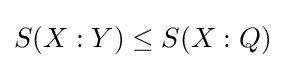
S(X:Y)\leq S(X:Q)